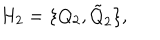
H _ { 2 } = \{ Q _ { 2 } , \tilde { Q } _ { 2 } \} ,